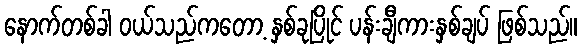
နောက်တစ်ခါ ဝယ်သည်ကတော့ နှစ်ခုပြိုင် ပန်းချီကားနှစ်ချပ် ဖြစ်သည်။